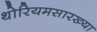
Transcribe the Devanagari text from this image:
थोरियमसारख्या